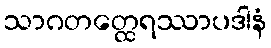
သာဂတတ္ထေရဿာပဒါနံ